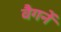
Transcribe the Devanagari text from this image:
वैगनें